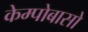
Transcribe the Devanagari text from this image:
केम्पोबासो